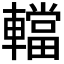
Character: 𨎴